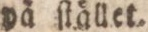
pä ſtället.